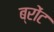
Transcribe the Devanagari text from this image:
ब्रोंट